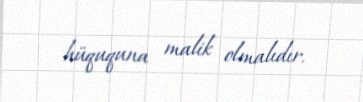
hüququna malik olmalıdır.